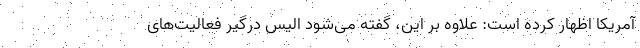
آمریکا اظهار کرده است: علاوه بر این، گفته می‌شود الیس درگیر فعالیت‌های